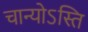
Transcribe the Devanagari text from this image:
चान्योऽस्ति